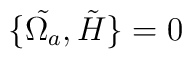
\{\tilde{\Omega_a},\tilde{H}\}=0